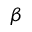
\beta